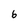
Character: 6